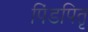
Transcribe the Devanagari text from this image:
पिंडपितृ